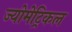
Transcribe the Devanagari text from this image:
ज्योमेट्रिकल